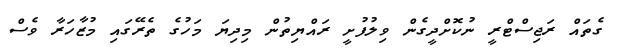
ގެތައް ރަޖިސްޓްރީ ނުކޮށްދީގެން ވިލުފުށީ ރައްޔިތުން މިދިޔަ މަހުގެ ތެރޭގައި މުޒާހަރާ ވެސް